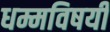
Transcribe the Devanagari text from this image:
धम्मविषयी